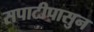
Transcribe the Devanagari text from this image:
सपाटीपासुन